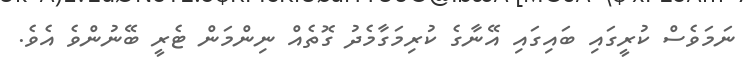
ނަމަވެސް ކުރީގައި ބައިގައި އޭނާގެ ކުރިމަގާމެދު ގޮތެއް ނިންމަން ޓެރީ ބޭނުންވެ އެވެ.